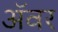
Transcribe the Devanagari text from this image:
अॅवर